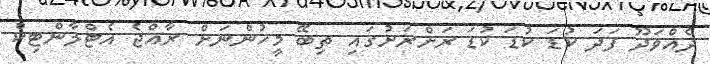
ދެއްވަދޫ ފަދަ ކުޑަ ކުޑަ ކުޑަ ރަށްރަށުގައި ތިބޭ މީހުންނަށް ރާއްޖެ އެޓްލާންޓިކް